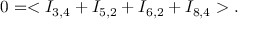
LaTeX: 0 = < I _ { 3 , 4 } + I _ { 5 , 2 } + I _ { 6 , 2 } + I _ { 8 , 4 } > .